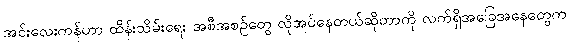
အင်းလေးကန်ဟာ ထိန်းသိမ်းရေး အစီအစဉ်တွေ လိုအပ်နေတယ်ဆိုတာကို လက်ရှိအခြေအနေတွေက